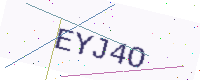
Text: EYJ4O